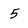
Character: 5